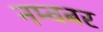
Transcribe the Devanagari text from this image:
नम्वबर